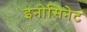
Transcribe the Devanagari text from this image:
इनोसिनेट